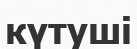
күтуші